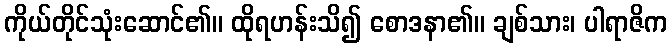
ကိုယ်တိုင်သုံးဆောင်၏။ ထိုရဟန်းသိ၍ စောဒနာ၏။ ချစ်သား၊ ပါရာဇိက